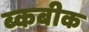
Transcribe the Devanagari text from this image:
ब्कबीक